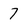
Character: 7